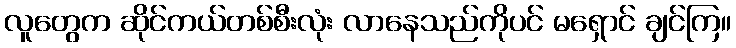
လူတွေက ဆိုင်ကယ်တစ်စီးလုံး လာနေသည်ကိုပင် မရှောင် ချင်ကြ။